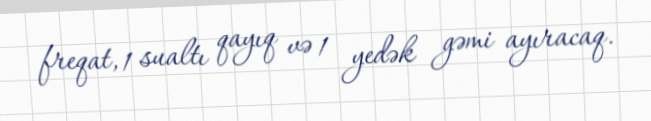
freqat, 1 sualtı qayıq və 1 yedək gəmi ayıracaq.